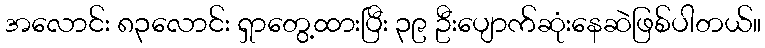
အလောင်း ၈၃လောင်း ရှာတွေ့ထားပြီး ၃၉ ဦးပျောက်ဆုံးနေဆဲဖြစ်ပါတယ်။